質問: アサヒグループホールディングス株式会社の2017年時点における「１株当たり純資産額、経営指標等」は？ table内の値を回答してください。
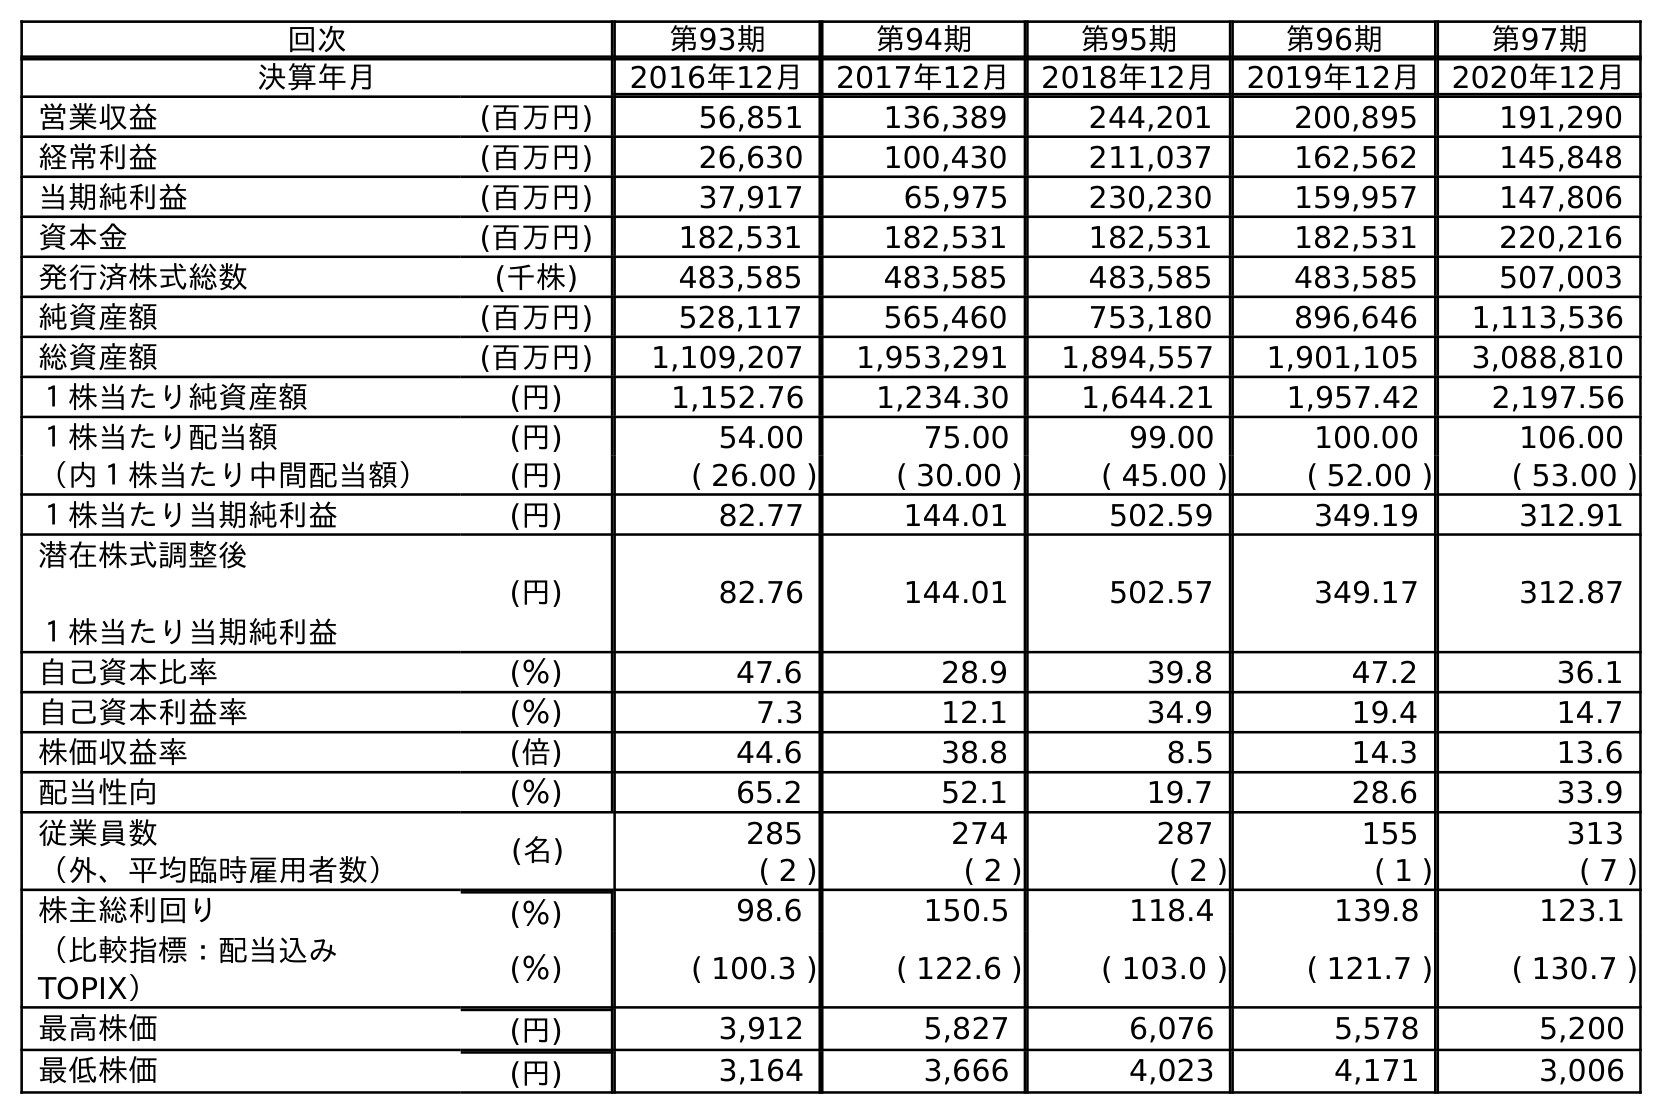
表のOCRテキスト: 回次 第93期 第94期 第95期 第96期 第97期 決算年月 2016年12月 2017年12月 2018年12月 2019年12月 2020年12月 営業収益 (百万円) 56,851 136,389 244,201 200,895 191,290 経常利益 (百万円) 26,630 100,430 211,037 162,562 145,848 当期純利益 (百万円) 37,917 65,975 230,230 159,957 147,806 資本金 (百万円) 182,531 182,531 182,531 182,531 220,216 発行済株式総数 (千株) 483,585 483,585 483,585 483,585 507,003 純資産額 (百万円) 528,117 565,460 753,180 896,646 1,113,536 総資産額 (百万円) 1,109,207 1,953,291 1,894,557 1,901,105 3,088,810 １株当たり純資産額 (円) 1,152.76 1,234.30 1,644.21 1,957.42 2,197.56 １株当たり配当額 (円) 54.00 75.00 99.00 100.00 106.00 （内１株当たり中間配当額） (円) ( 26.00 ) ( 30.00 ) ( 45.00 ) ( 52.00 ) ( 53.00 ) １株当たり当期純利益 (円) 82.77 144.01 502.59 349.19 312.91 潜在株式調整後 １株当たり当期純利益 (円) 82.76 144.01 502.57 349.17 312.87 自己資本比率 (％) 47.6 28.9 39.8 47.2 36.1 自己資本利益率 (％) 7.3 12.1 34.9 19.4 14.7 株価収益率 (倍) 44.6 38.8 8.5 14.3 13.6 配当性向 (％) 65.2 52.1 19.7 28.6 33.9 従業員数 (名) 285 274 287 155 313 （外、平均臨時雇用者数） ( 2 ) ( 2 ) ( 2 ) ( 1 ) ( 7 ) 株主総利回り (％) 98.6 150.5 118.4 139.8 123.1 （比較指標：配当込み TOPIX） (％) ( 100.3 ) ( 122.6 ) ( 103.0 ) ( 121.7 ) ( 130.7 ) 最高株価 (円) 3,912 5,827 6,076 5,578 5,200 最低株価 (円) 3,164 3,666 4,023 4,171 3,006
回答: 1,234.30